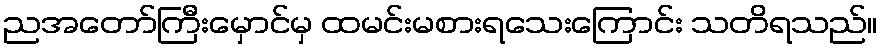
ညအတော်ကြီးမှောင်မှ ထမင်းမစားရသေးကြောင်း သတိရသည်။